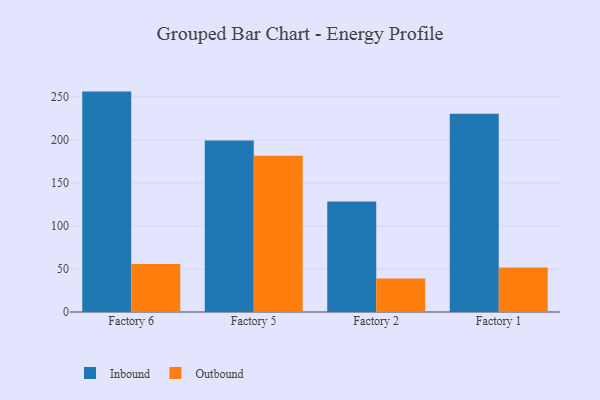
{"axis": {"x": "Factory", "y": "Net Income (USD K)"}, "legend": ["Inbound", "Outbound"], "data": [{"x": "Factory 6", "y": 256.1, "type": "Inbound"}, {"x": "Factory 6", "y": 55.9, "type": "Outbound"}, {"x": "Factory 5", "y": 199.4, "type": "Inbound"}, {"x": "Factory 5", "y": 181.5, "type": "Outbound"}, {"x": "Factory 2", "y": 128.5, "type": "Inbound"}, {"x": "Factory 2", "y": 38.8, "type": "Outbound"}, {"x": "Factory 1", "y": 230.4, "type": "Inbound"}, {"x": "Factory 1", "y": 51.7, "type": "Outbound"}]}